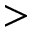
>